65_HS1-834228961_62-HQ-83894_Section_7
Agency: FBI
Page 188
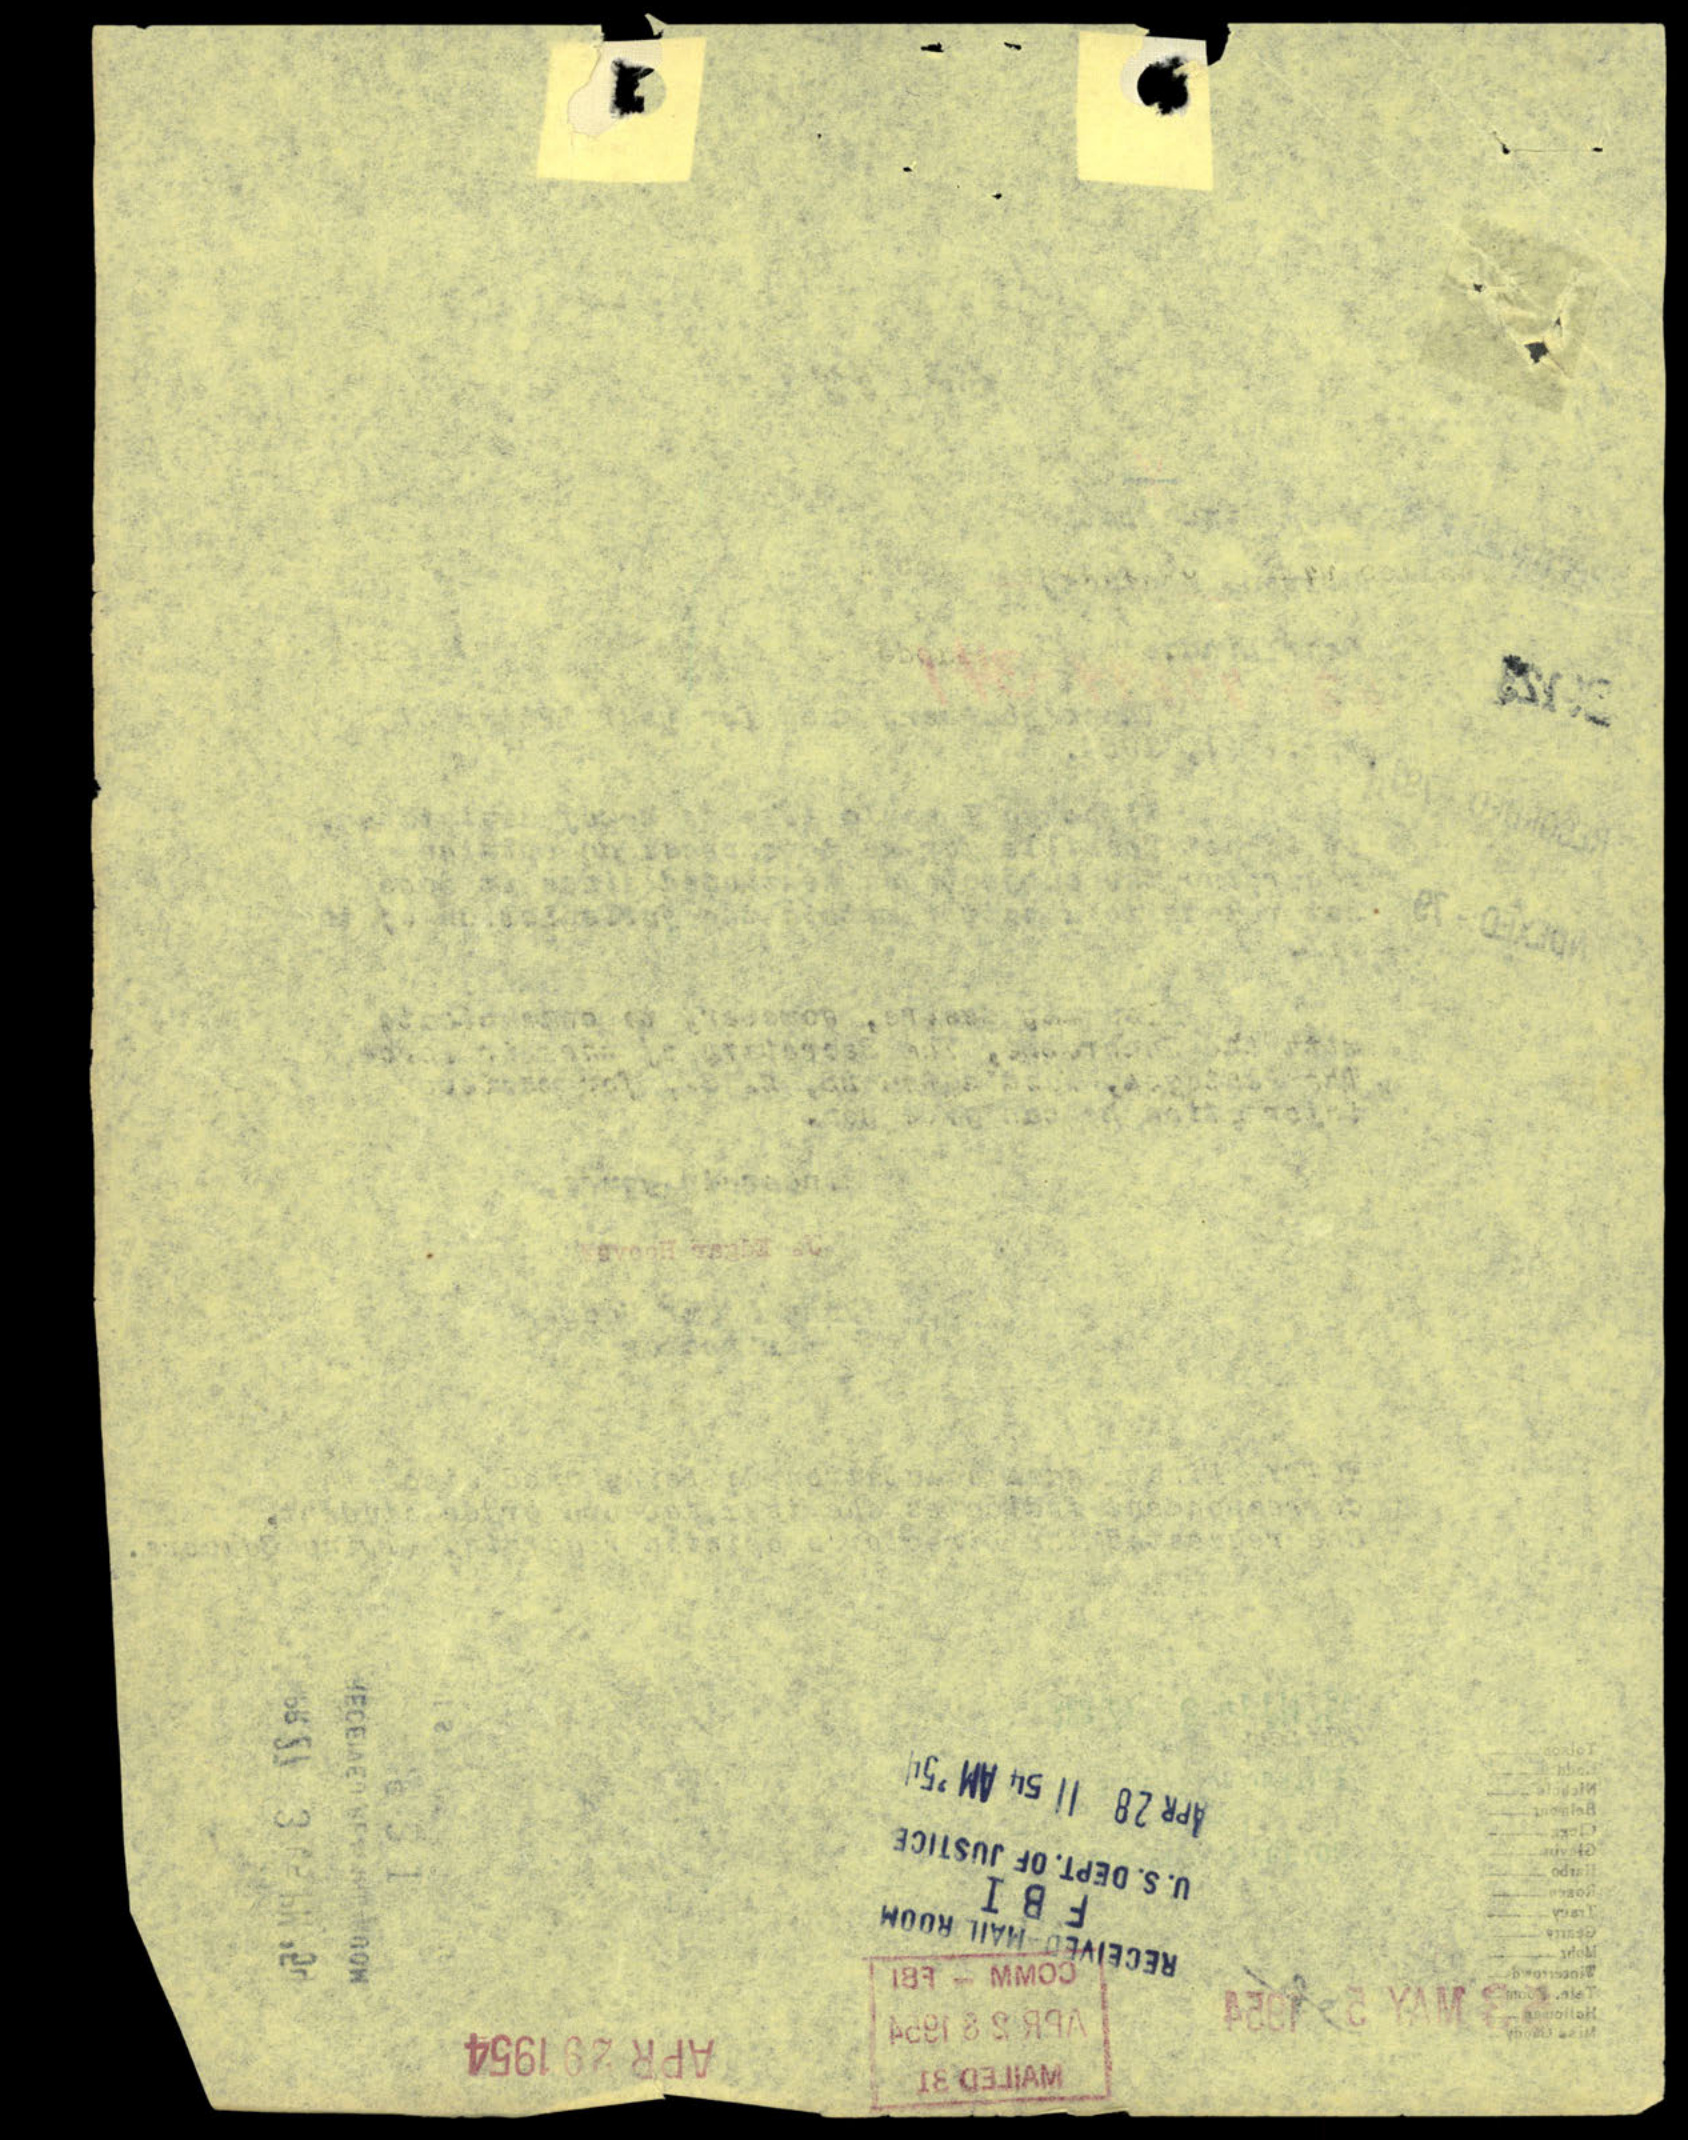